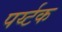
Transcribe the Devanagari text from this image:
पर्य्टक